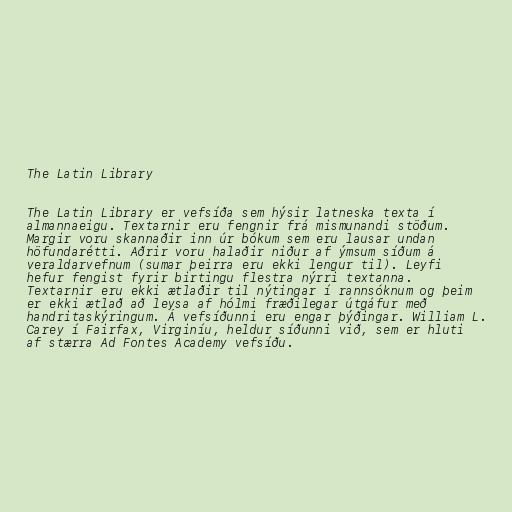
The Latin Library

The Latin Library er vefsíða sem hýsir latneska texta í
almannaeigu. Textarnir eru fengnir frá mismunandi stöðum.
Margir voru skannaðir inn úr bókum sem eru lausar undan
höfundarétti. Aðrir voru halaðir niður af ýmsum síðum á
veraldarvefnum (sumar þeirra eru ekki lengur til). Leyfi
hefur fengist fyrir birtingu flestra nýrri textanna.
Textarnir eru ekki ætlaðir til nýtingar í rannsóknum og þeim
er ekki ætlað að leysa af hólmi fræðilegar útgáfur með
handritaskýringum. Á vefsíðunni eru engar þýðingar. William L.
Carey í Fairfax, Virginíu, heldur síðunni við, sem er hluti
af stærra Ad Fontes Academy vefsíðu.